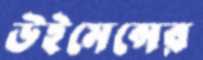
উইমেন্সের